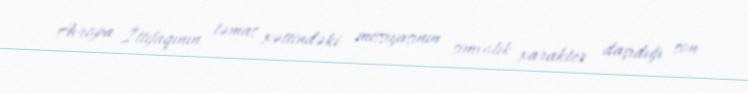
Avropa İttifaqının təmas xəttindəki missiyasının simvolik xarakter daşıdığı son